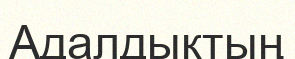
Адалдықтың